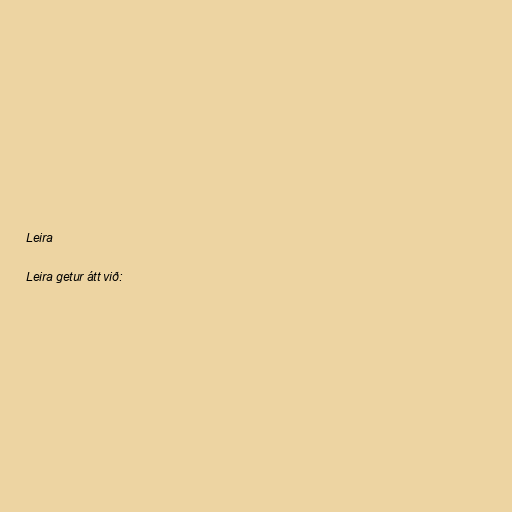
Leira

Leira getur átt við: